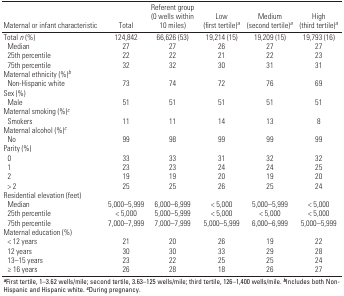
<table><thead><tr><td><b>Maternal or infant characteristic</b></td><td><b>Total</b></td><td><b>Referent group (0 wells within 10 miles)</b></td><td><b>Low (first tertile)<sup><i>a</i></sup></b></td><td><b>Medium (second tertile)<sup><i>a</i></sup></b></td><td><b>High (third tertile)<sup><i>a</i></sup></b></td></tr></thead><tbody><tr><td><b>Total <i>n</i> (%)</b></td><td>124,842</td><td>66,626 (53)</td><td>19,214 (15)</td><td>19,209 (15)</td><td>19,793 (16)</td></tr><tr><td><b>Median</b></td><td>27</td><td>27</td><td>26</td><td>27</td><td>27</td></tr><tr><td><b>25th percentile</b></td><td>22</td><td>22</td><td>21</td><td>22</td><td>23</td></tr><tr><td><b>75th percentile</b></td><td>32</td><td>32</td><td>30</td><td>31</td><td>31</td></tr><tr><td><b>Maternal ethnicity (%)<sup><i>b</i></sup></b></td></tr><tr><td><b>Non-Hispanic white</b></td><td>73</td><td>74</td><td>72</td><td>76</td><td>69</td></tr><tr><td><b>Sex (%)</b></td></tr><tr><td><b>Male</b></td><td>51</td><td>51</td><td>51</td><td>51</td><td>51</td></tr><tr><td><b>Maternal smoking (%)<sup><i>c</i></sup></b></td></tr><tr><td><b>Smokers</b></td><td>11</td><td>11</td><td>14</td><td>13</td><td>8</td></tr><tr><td><b>Maternal alcohol (%)<sup><i>c</i></sup></b></td></tr><tr><td><b>No</b></td><td>99</td><td>98</td><td>99</td><td>99</td><td>99</td></tr><tr><td><b>Parity (%)</b></td></tr><tr><td><b>0</b></td><td>33</td><td>33</td><td>31</td><td>32</td><td>32</td></tr><tr><td><b>1</b></td><td>23</td><td>23</td><td>24</td><td>24</td><td>25</td></tr><tr><td><b>2</b></td><td>19</td><td>19</td><td>20</td><td>19</td><td>20</td></tr><tr><td><b>&gt; 2</b></td><td>25</td><td>25</td><td>26</td><td>25</td><td>24</td></tr><tr><td><b>Residential elevation (feet)</b></td></tr><tr><td><b>Median</b></td><td>5,000–5,999</td><td>6,000–6,999</td><td>&lt; 5,000</td><td>5,000–5,999</td><td>&lt; 5,000</td></tr><tr><td><b>25th percentile</b></td><td>&lt; 5,000</td><td>5,000–5,999</td><td>&lt; 5,000</td><td>&lt; 5,000</td><td>&lt; 5,000</td></tr><tr><td><b>75th percentile</b></td><td>7,000–7,999</td><td>7,000–7,999</td><td>5,000–5,999</td><td>6,000–6,999</td><td>5,000–5,999</td></tr><tr><td><b>Maternal education (%)</b></td></tr><tr><td><b>&lt; 12 years</b></td><td>21</td><td>20</td><td>26</td><td>19</td><td>22</td></tr><tr><td><b>12 years</b></td><td>30</td><td>30</td><td>33</td><td>29</td><td>28</td></tr><tr><td><b>13–15 years</b></td><td>23</td><td>22</td><td>25</td><td>25</td><td>24</td></tr><tr><td><b>≥ 16 years</b></td><td>26</td><td>28</td><td>18</td><td>26</td><td>27</td></tr><tr><td colspan="6"><sup><i><b>a</b></i></sup>First tertile, 1–3.62 wells/mile; second tertile, 3.63–125 wells/mile; third tertile, 126–1,400 wells/mile. <sup><i><b>b</b></i></sup>Includes both Non-Hispanic and Hispanic white. <sup><i><b>c</b></i></sup>During pregnancy.</td></tr></tbody></table>